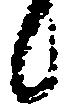
候